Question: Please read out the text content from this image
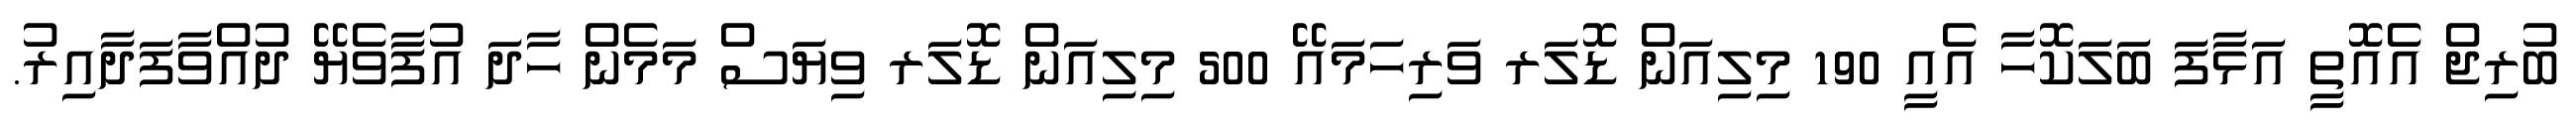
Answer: ބުރިޖް އެއޮތީ އަޅާފަ ބަލަކޮހާ އެއީ 190 މިލިއަން ޑޮލަރ ވަރިހަމައޭ 500 މިލިއަން ޑޮލަރ ވިޔަސް މަމެން ހާދަ އުފާވެޔޭ ދުއްވާފަދާއިރު.